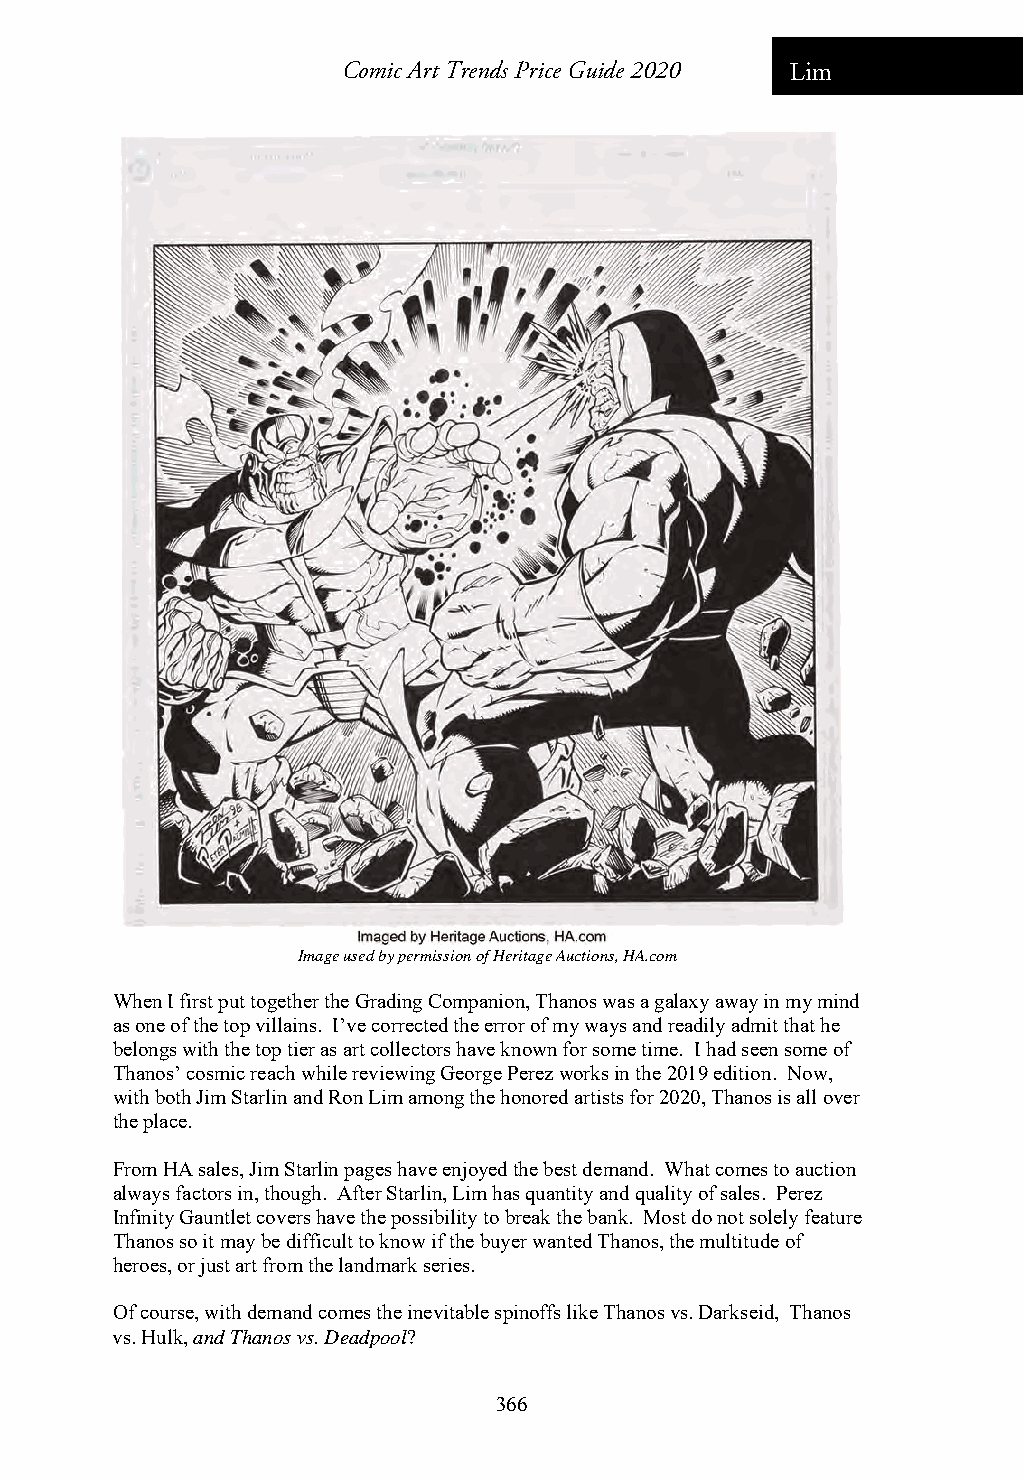
Comic Art Trends Price Guide 2020 Lim
 Image used by permission of Heritage Auctions, HA.com
 When I first put together the Grading Companion, Thanos was a galaxy away in my mind
 as one of the top villains. I’ve corrected the error of my ways and readily admit that he
 belongs with the top tier as art collectors have known for some time. I had seen some of
 Thanos’ cosmic reach while reviewing George Perez works in the 2019 edition. Now,
 with both Jim Starlin and Ron Lim among the honored artists for 2020, Thanos is all over
 the place.
 From HA sales, Jim Starlin pages have enjoyed the best demand. What comes to auction
 always factors in, though. After Starlin, Lim has quantity and quality of sales. Perez
 Infinity Gauntlet covers have the possibility to break the bank. Most do not solely feature
 Thanos so it may be difficult to know if the buyer wanted Thanos, the multitude of
 heroes, or just art from the landmark series.
 Of course, with demand comes the inevitable spinoffs like Thanos vs. Darkseid, Thanos
 vs. Hulk, and Thanos vs. Deadpool?
 366